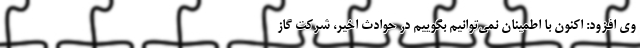
وی افزود: اکنون با اطمینان نمی‌توانیم بگوییم در حوادث اخیر، شرکت گاز